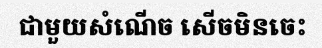
ជាមួយសំណើច សើចមិនចេះ